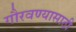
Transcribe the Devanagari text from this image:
गौरवण्यासाठी